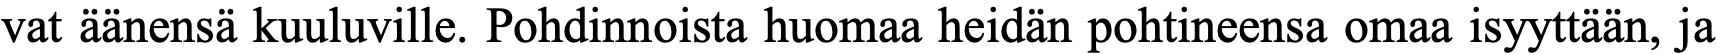
vat äänensä kuuluville. Pohdinnoista huomaa heidän pohtineensa omaa isyyttään, ja